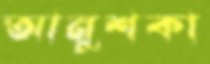
আনুশকা